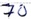
Text: 70